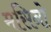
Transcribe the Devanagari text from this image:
मसिनो